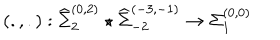
\left( . , . \right) : { \widehat \Sigma } _ { 2 } ^ { ( 0 , 2 ) } \star { \widehat \Sigma } _ { - 2 } ^ { ( - 3 , - 1 ) } \rightarrow { \Sigma } _ { 1 } ^ { ( 0 , 0 ) }